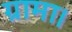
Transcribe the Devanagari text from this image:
ग्रामा।